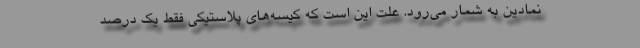
نمادین به شمار می‌رود. علت این است که کیسه‌های پلاستیکی فقط یک درصد